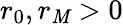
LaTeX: r_{0},r_{\mathit{M}}>0